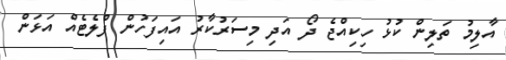
އާލިމު ތަލިން ކުޅު ހިކިއްޖެ ދޯ އަދި މިސަރުކާރު އައިފަހުން ފްލެޓެއް އަޅަން